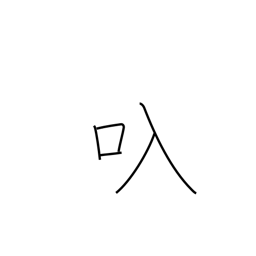
Meaning: straw bag